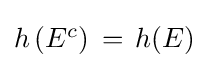
\textstyle h\left(E^{c}\right)\,=\,h(E)